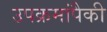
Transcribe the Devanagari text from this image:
उपक्रमांपैकी